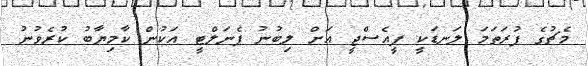
މެޗުގެ ފުރަތަމަ ލަނޑަކީ ޕީއެސްޖީ އަށް ލިބުނު ޕެނަލްޓީ އަކުން ކާމިޔާބު ކުރެވުނު